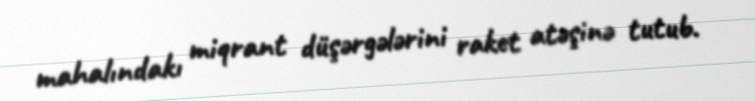
mahalındakı miqrant düşərgələrini raket atəşinə tutub.